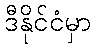
ဒီနိုင်ငံမှာ